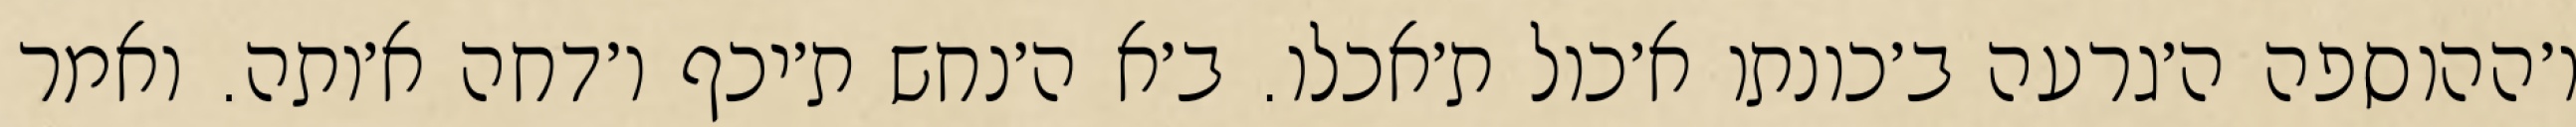
ו׳ההוספה ה׳גרעה ב׳כונתו א׳כול ת׳אכלו. ב׳א ה׳נחש ת׳יכף ו׳דחה א׳ותה. ואמר